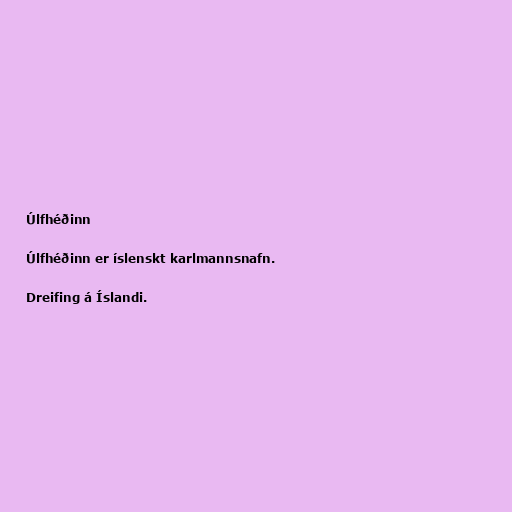
Úlfhéðinn

Úlfhéðinn er íslenskt karlmannsnafn.

Dreifing á Íslandi.